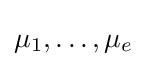
\mu _{1},\dots ,\mu _{e}